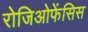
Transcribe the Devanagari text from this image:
रोजिओफेंसिस